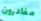
مغادرون